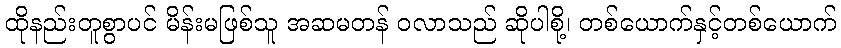
ထိုနည်းတူစွာပင် မိန်းမဖြစ်သူ အဆမတန် ဝလာသည် ဆိုပါစို့၊ တစ်ယောက်နှင့်တစ်ယောက်